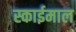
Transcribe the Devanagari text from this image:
स्काईमाल